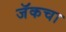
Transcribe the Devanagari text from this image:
जॅकचा